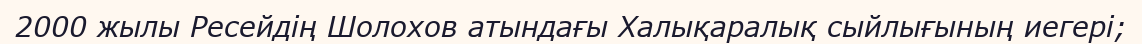
2000 жылы Ресейдің Шолохов атындағы Халықаралық сыйлығының иегері;